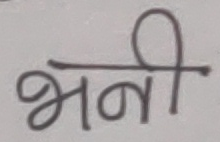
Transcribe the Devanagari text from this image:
भनी